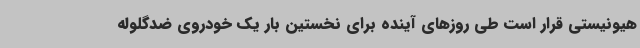
هیونیستی قرار است طی روزهای آینده برای نخستین بار یک خودروی ضدگلوله